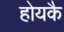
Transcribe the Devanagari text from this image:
होयकै